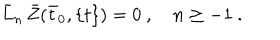
{ \bar { L } } _ { n } \, { \bar { Z } } ( { \bar { t } } _ { 0 } , \{ t \} ) = 0 \ , \quad n \ge - 1 \ .